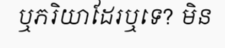
ឬភរិយាដែរឬទេ? មិន